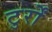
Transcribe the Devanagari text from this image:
टुर्रों